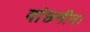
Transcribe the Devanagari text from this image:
वांछनीय।